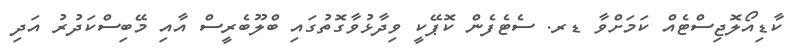
ކާޑިއޯލޮޖިސްޓެއް ކަމަށްވާ ޑރ. ސެޓެފެން ކޮޕޭކީ ވިދާޅުވާގޮތުގައި ބްލޫބެރީސް އާއި މޭބިސްކަދުރު އަދި